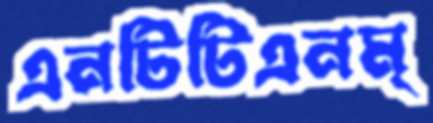
এনটিটিএনম্